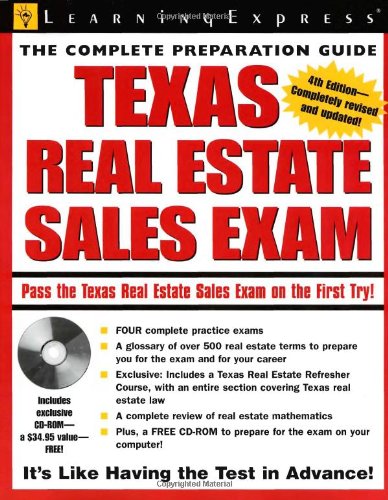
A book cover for Texas Real Estate Exam (Texas Real Estate Sales Exam); LearningExpress LLC Editors; Business & Money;